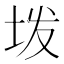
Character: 𫭨